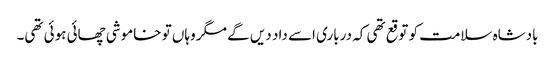
بادشاہ سلامت کو توقع تھی کہ درباری اسے داد دیں گے مگر وہاں تو خاموشی چھائی ہوئی تھی۔